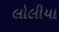
લોલીયા